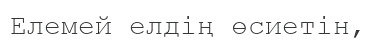
Елемей елдің өсиетін,